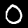
Digit: 0